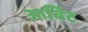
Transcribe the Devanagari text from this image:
आर्बिट